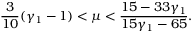
\frac { 3 } { 1 0 } ( \gamma _ { 1 } - 1 ) < \mu < \frac { 1 5 - 3 3 \gamma _ { 1 } } { 1 5 \gamma _ { 1 } - 6 5 } .